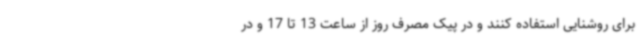
برای روشنایی استفاده کنند و در پیک مصرف روز از ساعت 13 تا 17 و در